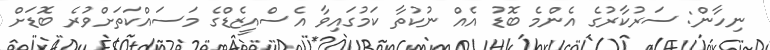
ނިހާން: ސަރުކާރުގެ އެންމެ ބޮޑު އެއް ނުކުތާ ކަމުގައިވާ އެސްއީޒެޑްގެ މަސައްކަތަށްވުރެ ބޮޑަށް